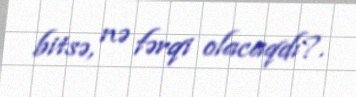
bitsə, nə fərqi olacaqdı?.